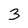
Character: 3